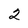
Character: 2